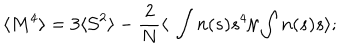
\langle M ^ { 4 } \rangle = 3 \langle { \cal { S } } ^ { 2 } \rangle - { \frac { 2 } { N } } \langle \ \int n ( s ) s ^ { 4 } / \int n ( s ) s \rangle ;